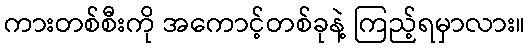
ကားတစ်စီးကို အကောင့်တစ်ခုနဲ့ ကြည့်ရမှာလား။